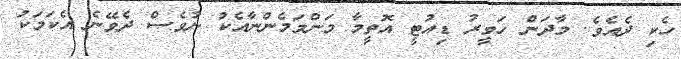
ހެކި ދެއެވެ. މާދަން ހަވީރު ޑިއުޓީ އޮތީމާ މަންމަމެންނާއެކު ނުވެސް ދެވޭނެ އެކަމަކު